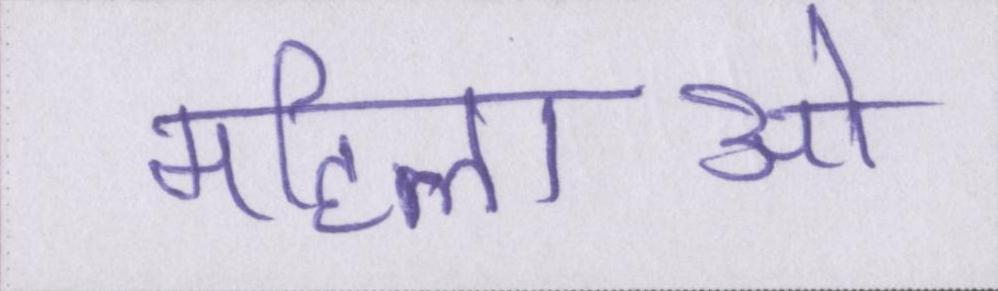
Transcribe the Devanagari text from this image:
महिलाओ